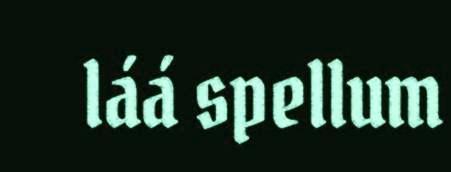
láá spellum